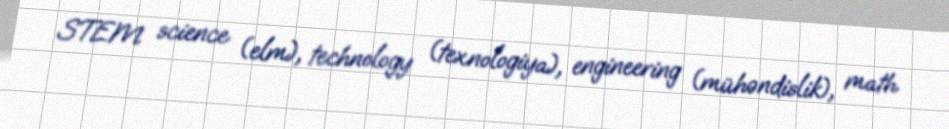
STEM science (elm), technology (texnologiya), engineering (mühəndislik), math